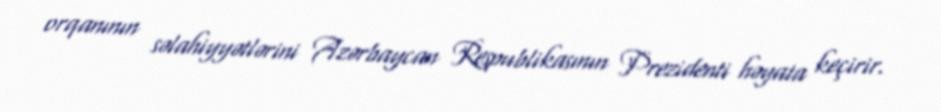
orqanının səlahiyyətlərini Azərbaycan Respublikasının Prezidenti həyata keçirir.